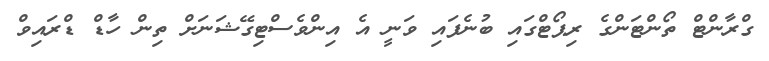
ގްރާންޓް ތޯންޓަންގެ ރިޕޯޓްގައި ބުނެފައި ވަނީ އެ އިންވެސްޓިގޭޝަނަށް ތިން ހާޑް ޑްރައިވް